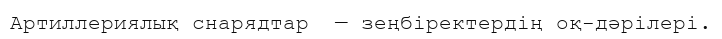
Артиллериялық снарядтар  — зеңбіректердің оқ-дәрілері.